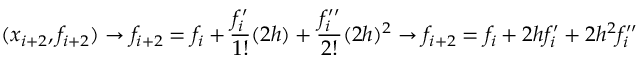
( x _ { i + 2 } , f _ { i + 2 } ) \rightarrow f _ { i + 2 } = f _ { i } + \frac { f _ { i } ^ { \prime } } { 1 ! } ( 2 h ) + \frac { f _ { i } ^ { \prime \prime } } { 2 ! } ( 2 h ) ^ { 2 } \rightarrow f _ { i + 2 } = f _ { i } + 2 h f _ { i } ^ { \prime } + 2 h ^ { 2 } f _ { i } ^ { \prime \prime }